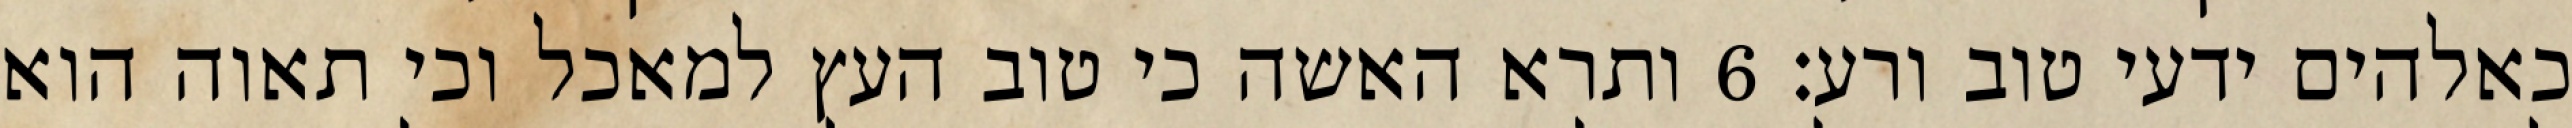
כאלהים ידעי טוב ורע׃ ‎6‏ ותרא האשה כי טוב העץ למאכל וכי תאוה הוא